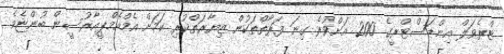
ޓްރެވަލް އިންޑަސްޓްރީގެ 200 އަށްވުރެ ގިނަ ފަރާތްތަކުން ޒިޔާރަތްކުރި ކަމަށް އެމްއެމްޕީއާރުސީން ބުންޏެވެ.